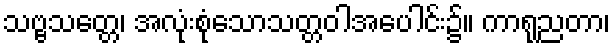
သဗ္ဗသတ္တေ၊ အလုံးစုံသောသတ္တဝါအပေါင်း၌။ ကာရုညတာ၊